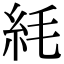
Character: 䋃